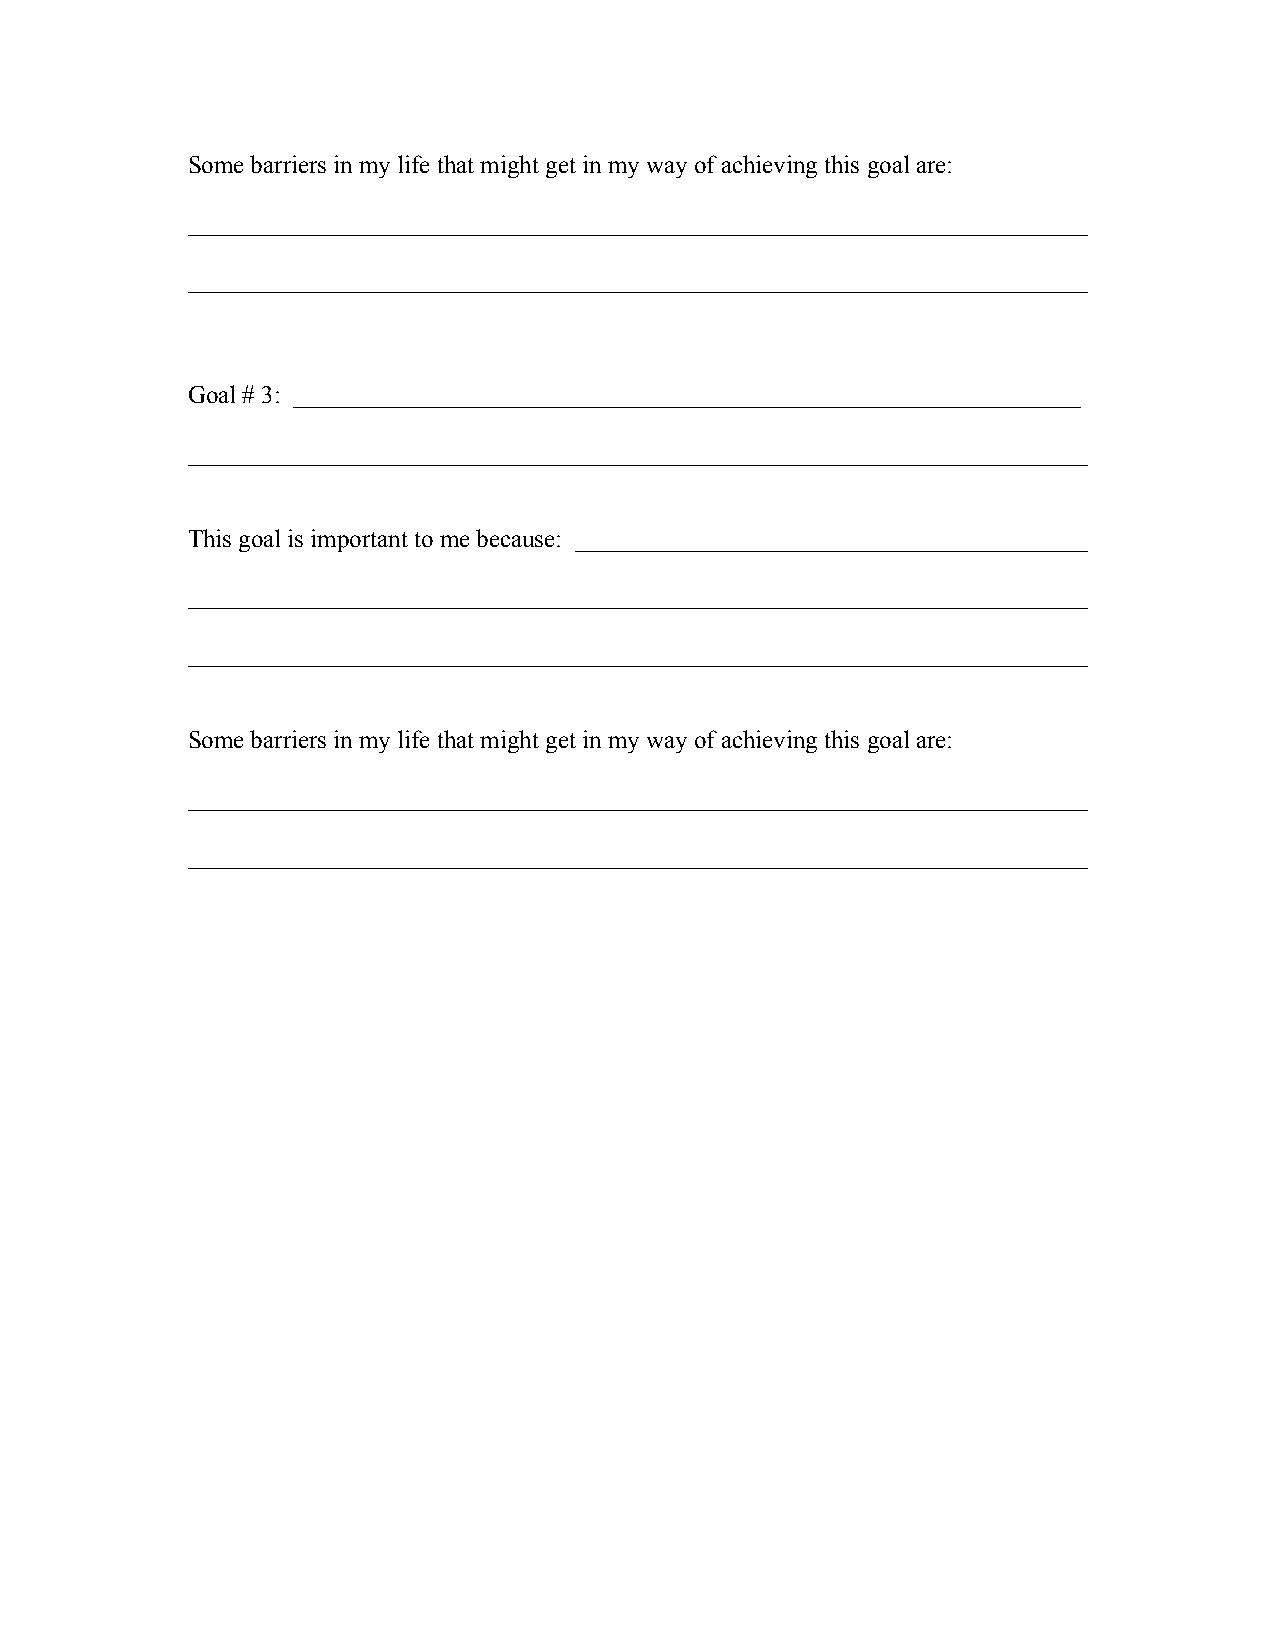
Some barriers in my life that might get in my way of achieving this goal are:
 ________________________________________________________________________
 ________________________________________________________________________
 Goal # 3: _______________________________________________________________
 ________________________________________________________________________
 This goal is important to me because: _________________________________________
 ________________________________________________________________________
 ________________________________________________________________________
 Some barriers in my life that might get in my way of achieving this goal are:
 ________________________________________________________________________
 ________________________________________________________________________